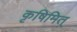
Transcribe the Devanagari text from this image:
कृषिमित्